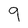
Character: 9